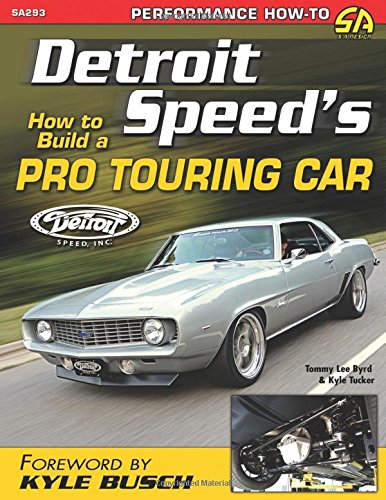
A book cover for Detroit Speed's How to Build a Pro Touring Car (Sa Design); Tommy Lee Byrd; Humor & Entertainment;